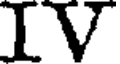
IV